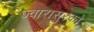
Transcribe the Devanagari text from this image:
ज्वारासुरको